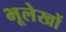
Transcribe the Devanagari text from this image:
भूलेखों